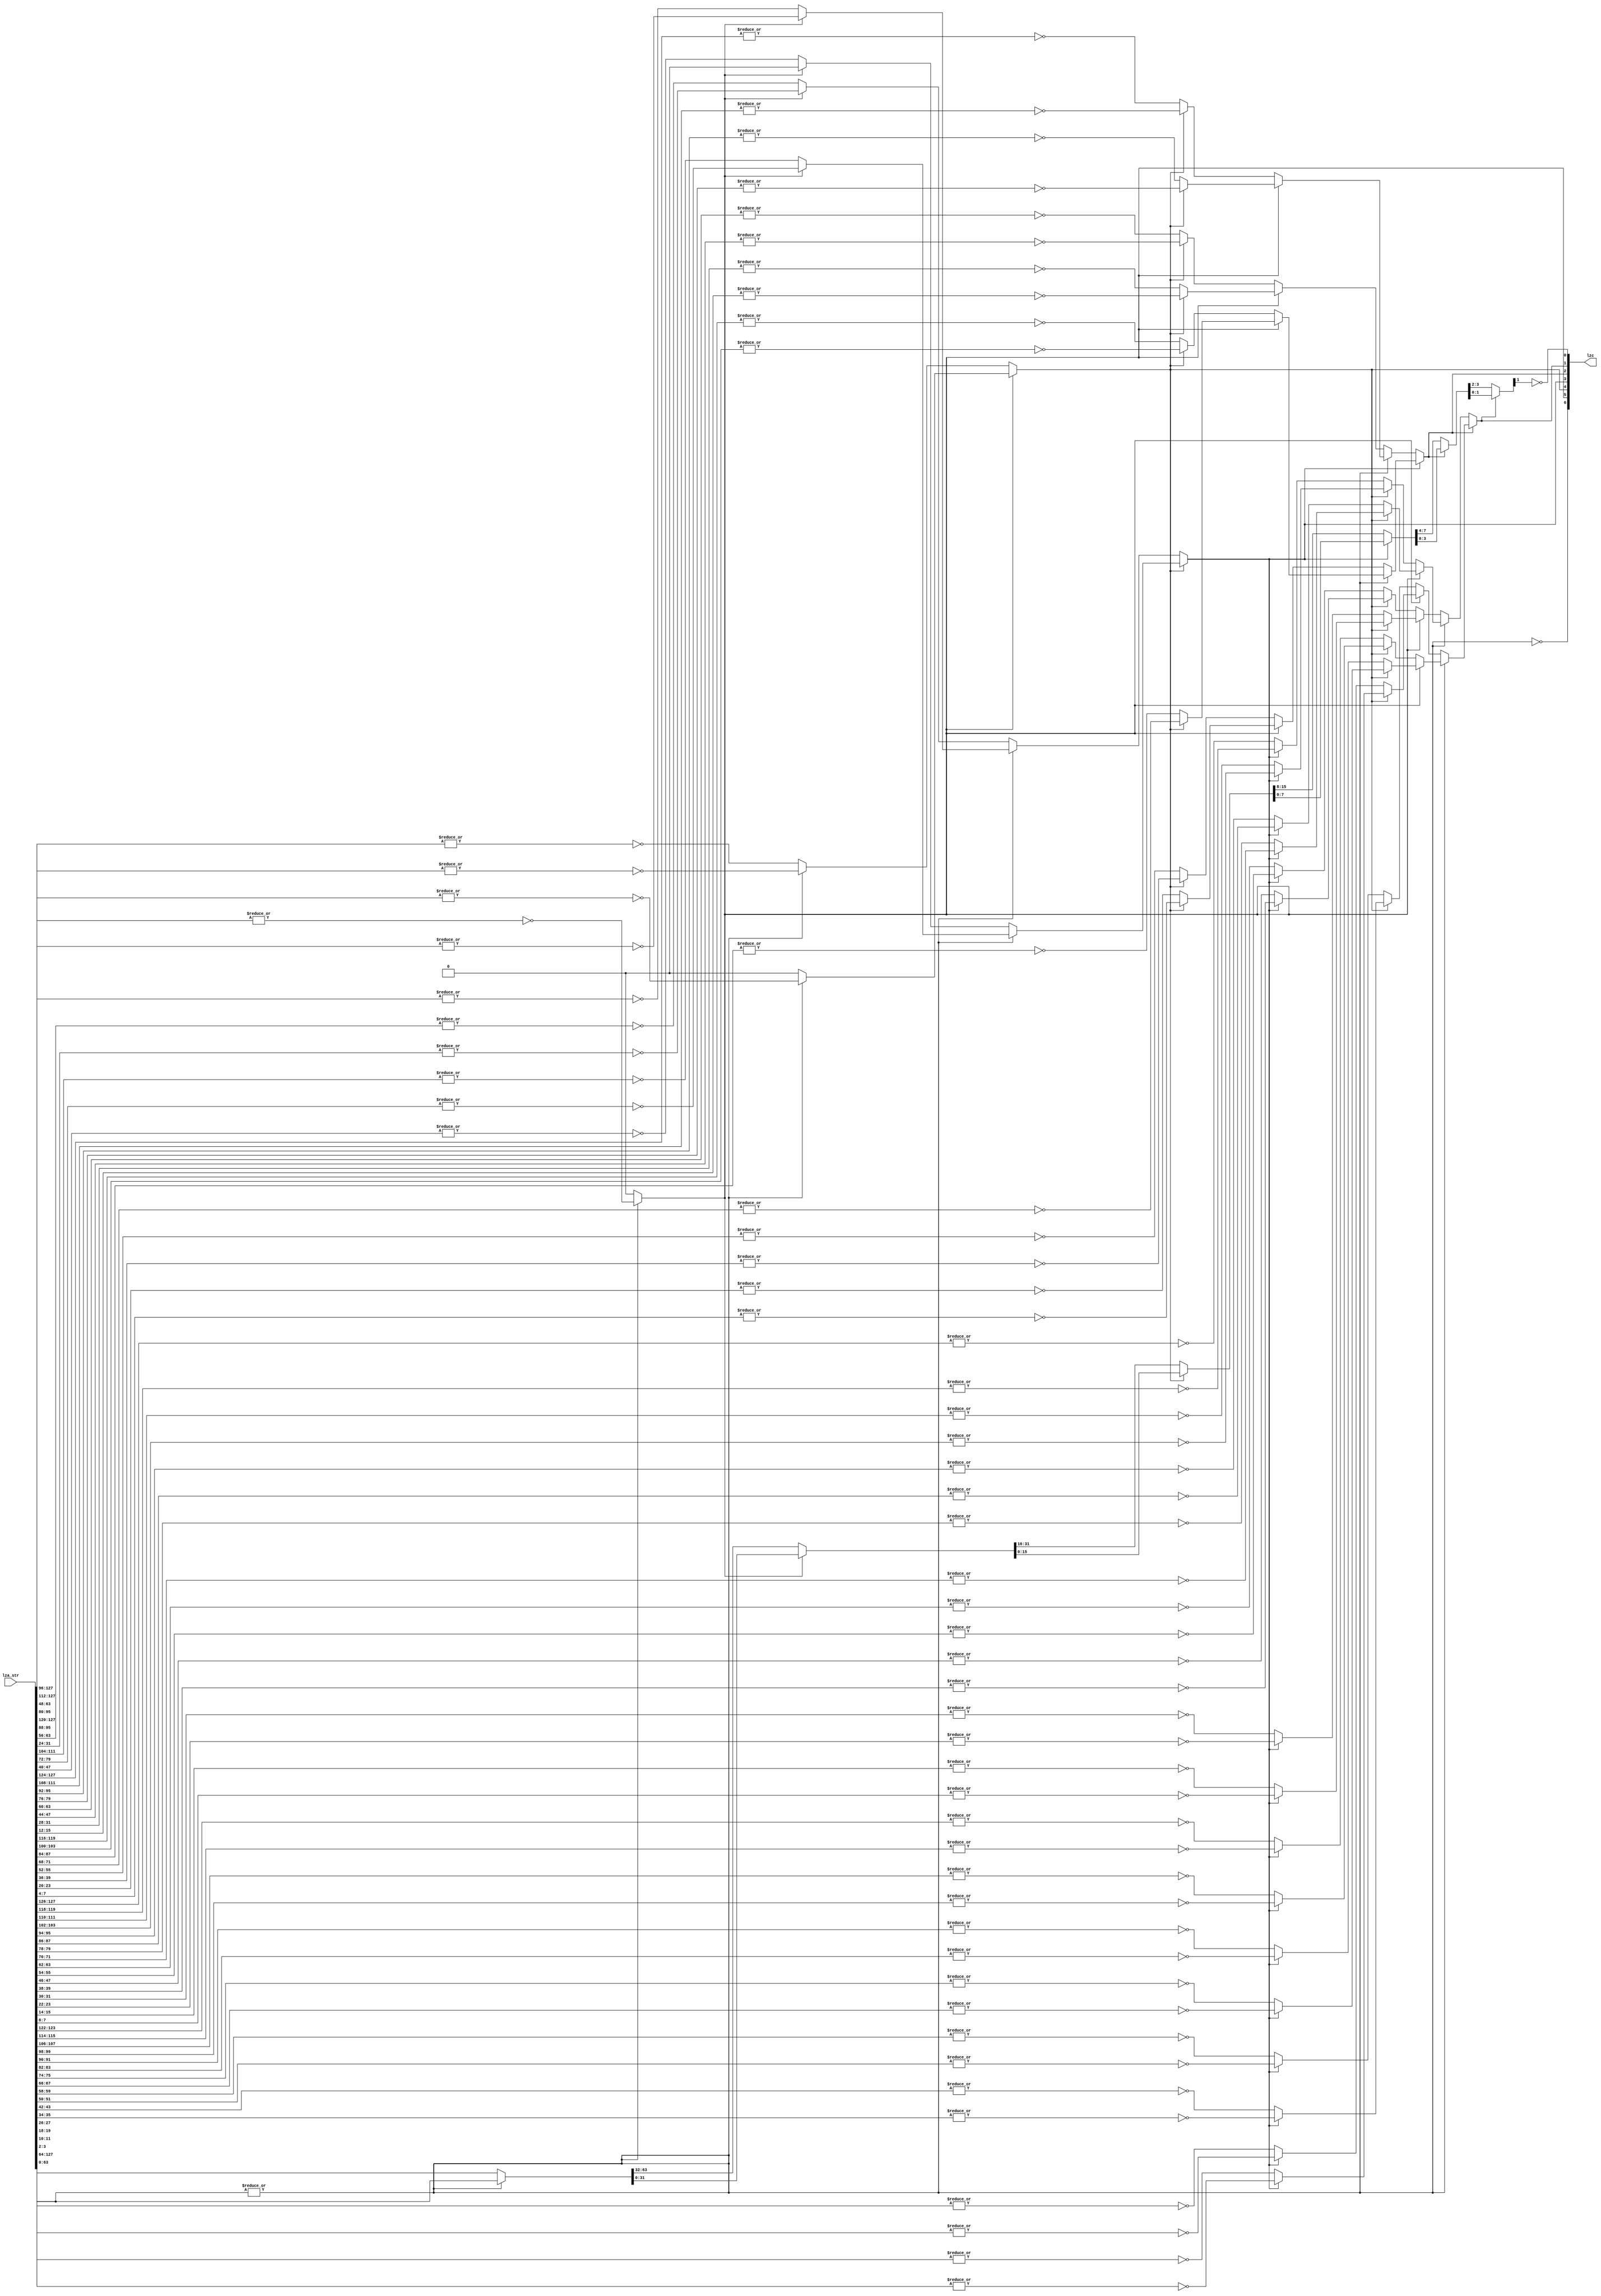
// Copyright (C) 2022, Andes Technology Corp. Confidential Proprietary

module kv_lzc_encode (
    lza_str,
    lzc
);
parameter WIDTH = 128;
localparam ENCODE_WIDTH = $clog2(WIDTH);
input [WIDTH - 1:0] lza_str;
output [ENCODE_WIDTH - 1:0] lzc;


generate
    if (WIDTH == 32) begin:gen_lzc_encode32
        wire [1:0] lzc_or_l1;
        wire [1:0] lzc_or_l2;
        wire [1:0] lzc_or_l3;
        wire [31:0] lza_str_l0;
        wire [15:0] lza_str_l1;
        wire [7:0] lza_str_l2;
        wire [3:0] lza_str_l3;
        wire [1:0] lza_str_l4;
        assign lzc_or_l1[0] = ~|lza_str[31 -:8];
        assign lzc_or_l1[1] = ~|lza_str[31 - 16 -:8];
        assign lzc_or_l2[0] = ~lzc[4] ? ~|lza_str[31 -:4] : ~|lza_str[31 - 16 -:4];
        assign lzc_or_l2[1] = ~lzc[4] ? ~|lza_str[31 - 8 -:4] : ~|lza_str[31 - 24 -:4];
        assign lzc_or_l3[0] = ~lzc[4] ? (~lzc[3] ? ~|lza_str[31 -:2] : ~|lza_str[31 - 8 -:2]) : (~lzc[3] ? ~|lza_str[31 - 16 -:2] : ~|lza_str[31 - 24 -:2]);
        assign lzc_or_l3[1] = ~lzc[4] ? (~lzc[3] ? ~|lza_str[31 - 4 -:2] : ~|lza_str[31 - 12 -:2]) : (~lzc[3] ? ~|lza_str[31 - 20 -:2] : ~|lza_str[31 - 28 -:2]);
        assign lzc[4] = ~|lza_str[31 -:16];
        assign lzc[3] = ~lzc[4] ? lzc_or_l1[0] : lzc_or_l1[1];
        assign lzc[2] = ~lzc[3] ? lzc_or_l2[0] : lzc_or_l2[1];
        assign lzc[1] = ~lzc[2] ? lzc_or_l3[0] : lzc_or_l3[1];
        assign lza_str_l0 = lza_str;
        assign lza_str_l1 = ~lzc[4] ? lza_str_l0[31 -:16] : lza_str_l0[15 -:16];
        assign lza_str_l2 = ~lzc[3] ? lza_str_l1[15 -:8] : lza_str_l1[7 -:8];
        assign lza_str_l3 = ~lzc[2] ? lza_str_l2[7 -:4] : lza_str_l2[3 -:4];
        assign lza_str_l4 = ~lzc[1] ? lza_str_l3[3 -:2] : lza_str_l3[1 -:2];
        assign lzc[0] = ~lza_str_l4[1];
    end
endgenerate
generate
    if (WIDTH == 8) begin:gen_lzc_encode8
        wire [1:0] lzc_or_l1;
        wire [7:0] lza_str_l0;
        wire [3:0] lza_str_l1;
        wire [1:0] lza_str_l2;
        assign lzc_or_l1[0] = ~|lza_str[(7) -:2];
        assign lzc_or_l1[1] = ~|lza_str[(7 - 4) -:2];
        assign lzc[2] = ~|lza_str[7 -:4];
        assign lzc[1] = ~lzc[2] ? lzc_or_l1[0] : lzc_or_l1[1];
        assign lzc[0] = ~lza_str_l2[1];
        assign lza_str_l0 = lza_str;
        assign lza_str_l1 = ~lzc[2] ? lza_str_l0[7 -:4] : lza_str_l0[3 -:4];
        assign lza_str_l2 = ~lzc[1] ? lza_str_l1[3 -:2] : lza_str_l1[1 -:2];
    end
endgenerate
generate
    if (WIDTH == 64) begin:gen_lzc_encode64
        wire [1:0] lzc_or_l1;
        wire [1:0] lzc_or_l2;
        wire [1:0] lzc_or_l3;
        wire [1:0] lzc_or_l4;
        wire [31:0] lza_str_l1;
        wire [15:0] lza_str_l2;
        wire [7:0] lza_str_l3;
        wire [3:0] lza_str_l4;
        wire [1:0] lza_str_l5;
        assign lzc_or_l1[0] = ~|lza_str[63 -:16];
        assign lzc_or_l1[1] = ~|lza_str[63 - 32 -:16];
        assign lzc_or_l2[0] = ~lzc[5] ? ~|lza_str[63 -:8] : ~|lza_str[63 - 32 -:8];
        assign lzc_or_l2[1] = ~lzc[5] ? ~|lza_str[63 - 16 -:8] : ~|lza_str[63 - 48 -:8];
        assign lzc_or_l3[0] = ~lzc[5] ? (~lzc[4] ? ~|lza_str[63 -:4] : ~|lza_str[63 - 16 -:4]) : (~lzc[4] ? ~|lza_str[63 - 32 -:4] : ~|lza_str[63 - 48 -:4]);
        assign lzc_or_l3[1] = ~lzc[5] ? (~lzc[4] ? ~|lza_str[63 - 8 -:4] : ~|lza_str[63 - 24 -:4]) : (~lzc[4] ? ~|lza_str[63 - 40 -:4] : ~|lza_str[63 - 56 -:4]);
        assign lzc_or_l4[0] = ~lzc[5] ? (~lzc[4] ? (~lzc[3] ? ~|lza_str[63 -:2] : ~|lza_str[63 - 8 -:2]) : (~lzc[3] ? ~|lza_str[63 - 16 -:2] : ~|lza_str[63 - 24 -:2])) : (~lzc[4] ? (~lzc[3] ? ~|lza_str[63 - 32 -:2] : ~|lza_str[63 - 40 -:2]) : (~lzc[3] ? ~|lza_str[63 - 48 -:2] : ~|lza_str[63 - 56 -:2]));
        assign lzc_or_l4[1] = ~lzc[5] ? (~lzc[4] ? (~lzc[3] ? ~|lza_str[63 - 4 -:2] : ~|lza_str[63 - 12 -:2]) : (~lzc[3] ? ~|lza_str[63 - 20 -:2] : ~|lza_str[63 - 28 -:2])) : (~lzc[4] ? (~lzc[3] ? ~|lza_str[63 - 36 -:2] : ~|lza_str[63 - 44 -:2]) : (~lzc[3] ? ~|lza_str[63 - 52 -:2] : ~|lza_str[63 - 60 -:2]));
        assign lzc[5] = ~|lza_str[63 -:32];
        assign lzc[4] = ~lzc[5] ? lzc_or_l1[0] : lzc_or_l1[1];
        assign lzc[3] = ~lzc[4] ? lzc_or_l2[0] : lzc_or_l2[1];
        assign lzc[2] = ~lzc[3] ? lzc_or_l3[0] : lzc_or_l3[1];
        assign lzc[1] = ~lzc[2] ? lzc_or_l4[0] : lzc_or_l4[1];
        assign lza_str_l1 = ~lzc[5] ? lza_str[63 -:32] : lza_str[31 -:32];
        assign lza_str_l2 = ~lzc[4] ? lza_str_l1[31 -:16] : lza_str_l1[15 -:16];
        assign lza_str_l3 = ~lzc[3] ? lza_str_l2[15 -:8] : lza_str_l2[7 -:8];
        assign lza_str_l4 = ~lzc[2] ? lza_str_l3[7 -:4] : lza_str_l3[3 -:4];
        assign lza_str_l5 = ~lzc[1] ? lza_str_l4[3 -:2] : lza_str_l4[1 -:2];
        assign lzc[0] = ~lza_str_l5[1];
    end
endgenerate
generate
    if (WIDTH == 128) begin:gen_lzc_encode128
        wire [1:0] lzc_or_l1;
        wire [1:0] lzc_or_l2;
        wire [1:0] lzc_or_l3;
        wire [1:0] lzc_or_l4;
        wire [1:0] lzc_or_l5;
        wire [63:0] lza_str_l1;
        wire [31:0] lza_str_l2;
        wire [15:0] lza_str_l3;
        wire [7:0] lza_str_l4;
        wire [3:0] lza_str_l5;
        wire [1:0] lza_str_l6;
        assign lzc_or_l1[0] = ~|lza_str[127 -:32];
        assign lzc_or_l1[1] = 1'b0;
        assign lzc_or_l2[0] = ~lzc[6] ? ~|lza_str[127 -:16] : ~|lza_str[127 - 64 -:16];
        assign lzc_or_l2[1] = ~lzc[6] ? ~|lza_str[127 - 32 -:16] : 1'b0;
        assign lzc_or_l3[0] = ~lzc[6] ? (~lzc[5] ? ~|lza_str[127 -:8] : ~|lza_str[127 - 32 -:8]) : (~lzc[5] ? ~|lza_str[127 - 64 -:8] : ~|lza_str[127 - 96 -:8]);
        assign lzc_or_l3[1] = ~lzc[6] ? (~lzc[5] ? ~|lza_str[127 - 16 -:8] : ~|lza_str[127 - 48 -:8]) : (~lzc[5] ? ~|lza_str[127 - 80 -:8] : 1'b0);
        assign lzc_or_l4[0] = ~lzc[6] ? (~lzc[5] ? (~lzc[4] ? ~|lza_str[127 -:4] : ~|lza_str[127 - 16 -:4]) : (~lzc[4] ? ~|lza_str[127 - 32 -:4] : ~|lza_str[127 - 48 -:4])) : (~lzc[5] ? (~lzc[4] ? ~|lza_str[127 - 64 -:4] : ~|lza_str[127 - 80 -:4]) : (~lzc[4] ? ~|lza_str[127 - 96 -:4] : ~|lza_str[127 - 112 -:4]));
        assign lzc_or_l4[1] = ~lzc[6] ? (~lzc[5] ? (~lzc[4] ? ~|lza_str[127 - 8 -:4] : ~|lza_str[127 - 24 -:4]) : (~lzc[4] ? ~|lza_str[127 - 40 -:4] : ~|lza_str[127 - 56 -:4])) : (~lzc[5] ? (~lzc[4] ? ~|lza_str[127 - 72 -:4] : ~|lza_str[127 - 88 -:4]) : (~lzc[4] ? ~|lza_str[127 - 104 -:4] : ~|lza_str[127 - 120 -:4]));
        assign lzc_or_l5[0] = ~lzc[6] ? (~lzc[5] ? (~lzc[4] ? (~lzc[3] ? ~|lza_str[127 -:2] : ~|lza_str[127 - 8 -:2]) : (~lzc[3] ? ~|lza_str[127 - 16 -:2] : ~|lza_str[127 - 24 -:2])) : (~lzc[4] ? (~lzc[3] ? ~|lza_str[127 - 32 -:2] : ~|lza_str[127 - 40 -:2]) : (~lzc[3] ? ~|lza_str[127 - 48 -:2] : ~|lza_str[127 - 56 -:2]))) : (~lzc[5] ? (~lzc[4] ? (~lzc[3] ? ~|lza_str[127 - 64 -:2] : ~|lza_str[127 - 72 -:2]) : (~lzc[3] ? ~|lza_str[127 - 80 -:2] : ~|lza_str[127 - 88 -:2])) : (~lzc[4] ? (~lzc[3] ? ~|lza_str[127 - 96 -:2] : ~|lza_str[127 - 104 -:2]) : (~lzc[3] ? ~|lza_str[127 - 112 -:2] : ~|lza_str[127 - 120 -:2])));
        assign lzc_or_l5[1] = ~lzc[6] ? (~lzc[5] ? (~lzc[4] ? (~lzc[3] ? ~|lza_str[127 - 4 -:2] : ~|lza_str[127 - 12 -:2]) : (~lzc[3] ? ~|lza_str[127 - 20 -:2] : ~|lza_str[127 - 28 -:2])) : (~lzc[4] ? (~lzc[3] ? ~|lza_str[127 - 36 -:2] : ~|lza_str[127 - 44 -:2]) : (~lzc[3] ? ~|lza_str[127 - 52 -:2] : ~|lza_str[127 - 60 -:2]))) : (~lzc[5] ? (~lzc[4] ? (~lzc[3] ? ~|lza_str[127 - 68 -:2] : ~|lza_str[127 - 76 -:2]) : (~lzc[3] ? ~|lza_str[127 - 84 -:2] : ~|lza_str[127 - 92 -:2])) : (~lzc[4] ? (~lzc[3] ? ~|lza_str[127 - 100 -:2] : ~|lza_str[127 - 108 -:2]) : (~lzc[3] ? ~|lza_str[127 - 116 -:2] : ~|lza_str[127 - 124 -:2])));
        assign lzc[6] = ~|lza_str[127 -:64];
        assign lzc[5] = ~lzc[6] ? lzc_or_l1[0] : lzc_or_l1[1];
        assign lzc[4] = ~lzc[5] ? lzc_or_l2[0] : lzc_or_l2[1];
        assign lzc[3] = ~lzc[4] ? lzc_or_l3[0] : lzc_or_l3[1];
        assign lzc[2] = ~lzc[3] ? lzc_or_l4[0] : lzc_or_l4[1];
        assign lzc[1] = ~lzc[2] ? lzc_or_l5[0] : lzc_or_l5[1];
        assign lza_str_l1 = ~lzc[6] ? lza_str[127 -:64] : lza_str[63 -:64];
        assign lza_str_l2 = ~lzc[5] ? lza_str_l1[63 -:32] : lza_str_l1[31 -:32];
        assign lza_str_l3 = ~lzc[4] ? lza_str_l2[31 -:16] : lza_str_l2[15 -:16];
        assign lza_str_l4 = ~lzc[3] ? lza_str_l3[15 -:8] : lza_str_l3[7 -:8];
        assign lza_str_l5 = ~lzc[2] ? lza_str_l4[7 -:4] : lza_str_l4[3 -:4];
        assign lza_str_l6 = ~lzc[1] ? lza_str_l5[3 -:2] : lza_str_l5[1 -:2];
        assign lzc[0] = ~lza_str_l6[1];
    end
endgenerate
endmodule